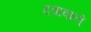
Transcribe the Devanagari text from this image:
दवावाले